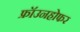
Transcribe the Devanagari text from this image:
फ्रॉउनहोफर